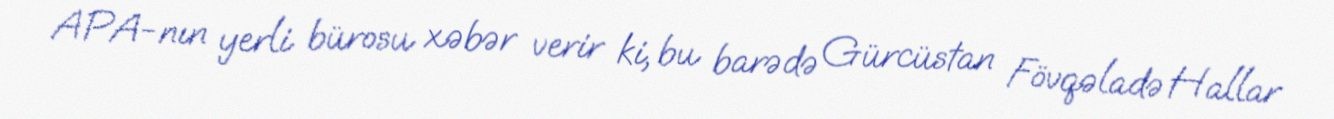
APA-nın yerli bürosu xəbər verir ki, bu barədə Gürcüstan Fövqəladə Hallar